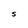
Character: S